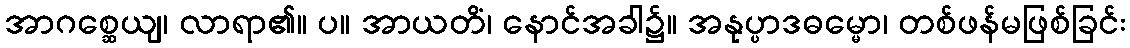
အာဂစ္ဆေယျ၊ လာရာ၏။ ပ။ အာယတိံ၊ နောင်အခါ၌။ အနုပ္ပာဒဓမ္မော၊ တစ်ဖန်မဖြစ်ခြင်း